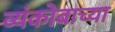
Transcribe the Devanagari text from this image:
व्यंकोबाच्या